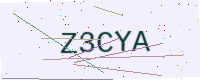
Text: Z3CYA